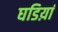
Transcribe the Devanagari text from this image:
घडिय़ां